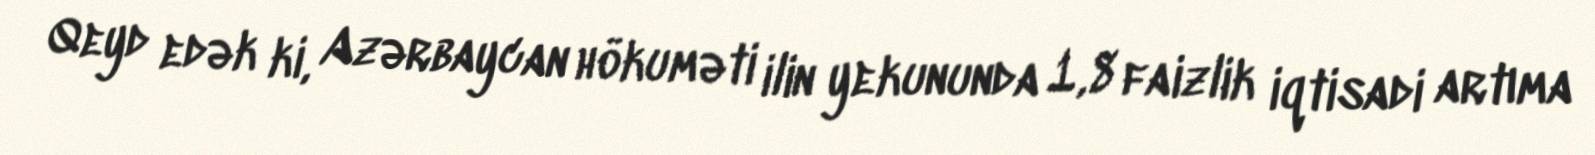
Qeyd edək ki, Azərbaycan hökuməti ilin yekununda 1,8 faizlik iqtisadi artıma